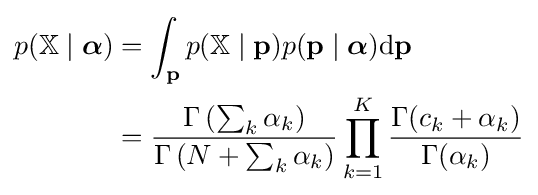
{\begin{aligned}p(\mathbb {X} \mid {\boldsymbol {\alpha }})&=\int _{\mathbf {p} }p(\mathbb {X} \mid \mathbf {p} )p(\mathbf {p} \mid {\boldsymbol {\alpha }}){\textrm {d}}\mathbf {p} \\&={\frac {\Gamma \left(\sum _{k}\alpha _{k}\right)}{\Gamma \left(N+\sum _{k}\alpha _{k}\right)}}\prod _{k=1}^{K}{\frac {\Gamma (c_{k}+\alpha _{k})}{\Gamma (\alpha _{k})}}\end{aligned}}